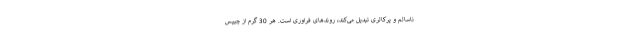
ناسالم و پرکالری تبدیل می‌کند، روندهای فراوری است. هر 30 گرم از چیپس